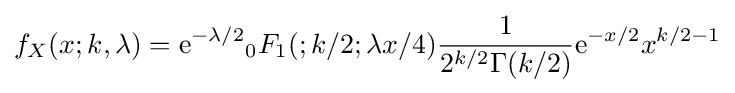
f_{X}(x;k,\lambda )={{\rm {e}}^{-\lambda /2}}_{0}F_{1}(;k/2;\lambda x/4){\frac {1}{2^{k/2}\Gamma (k/2)}}{\rm {e}}^{-x/2}x^{k/2-1}